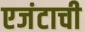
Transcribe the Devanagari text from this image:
एजंटाची